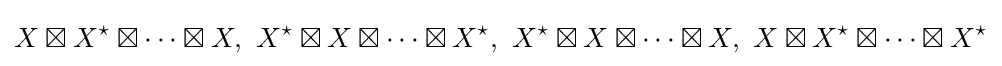
X\boxtimes X^{\star }\boxtimes \cdots \boxtimes X,\,\,X^{\star }\boxtimes X\boxtimes \cdots \boxtimes X^{\star },\,\,X^{\star }\boxtimes X\boxtimes \cdots \boxtimes X,\,\,X\boxtimes X^{\star }\boxtimes \cdots \boxtimes X^{\star }